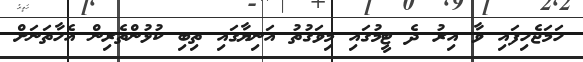
ހަމަޖެހިފައި ވާ އިރު ދެ ޓީމުގައި މިވަގުތު އަނިޔާގައި ތިބި ކުޅުންތެރިން އެހާތަނަށް